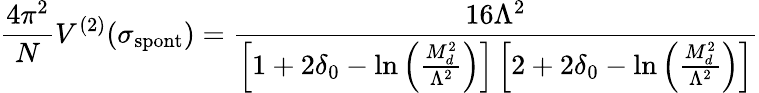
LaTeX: \frac{4\pi^{2}}{N}V^{(2)}(\sigma_{\mathrm{spont}})=\frac{16\Lambda^{2}}{\left[1+2\delta_{0}-\ln\left(\frac{M_{d}^{2}}{\Lambda^{2}}\right)\right]\left[2+2\delta_{0}-\ln\left(\frac{M_{d}^{2}}{\Lambda^{2}}\right)\right]}